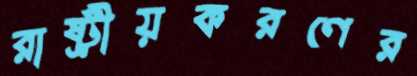
রাষ্ট্রীয়করণের